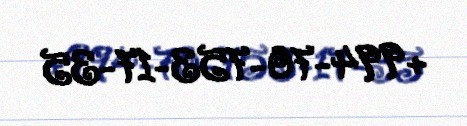
+994-70-753-17-35